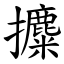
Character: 攗